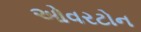
ઓવરટોન